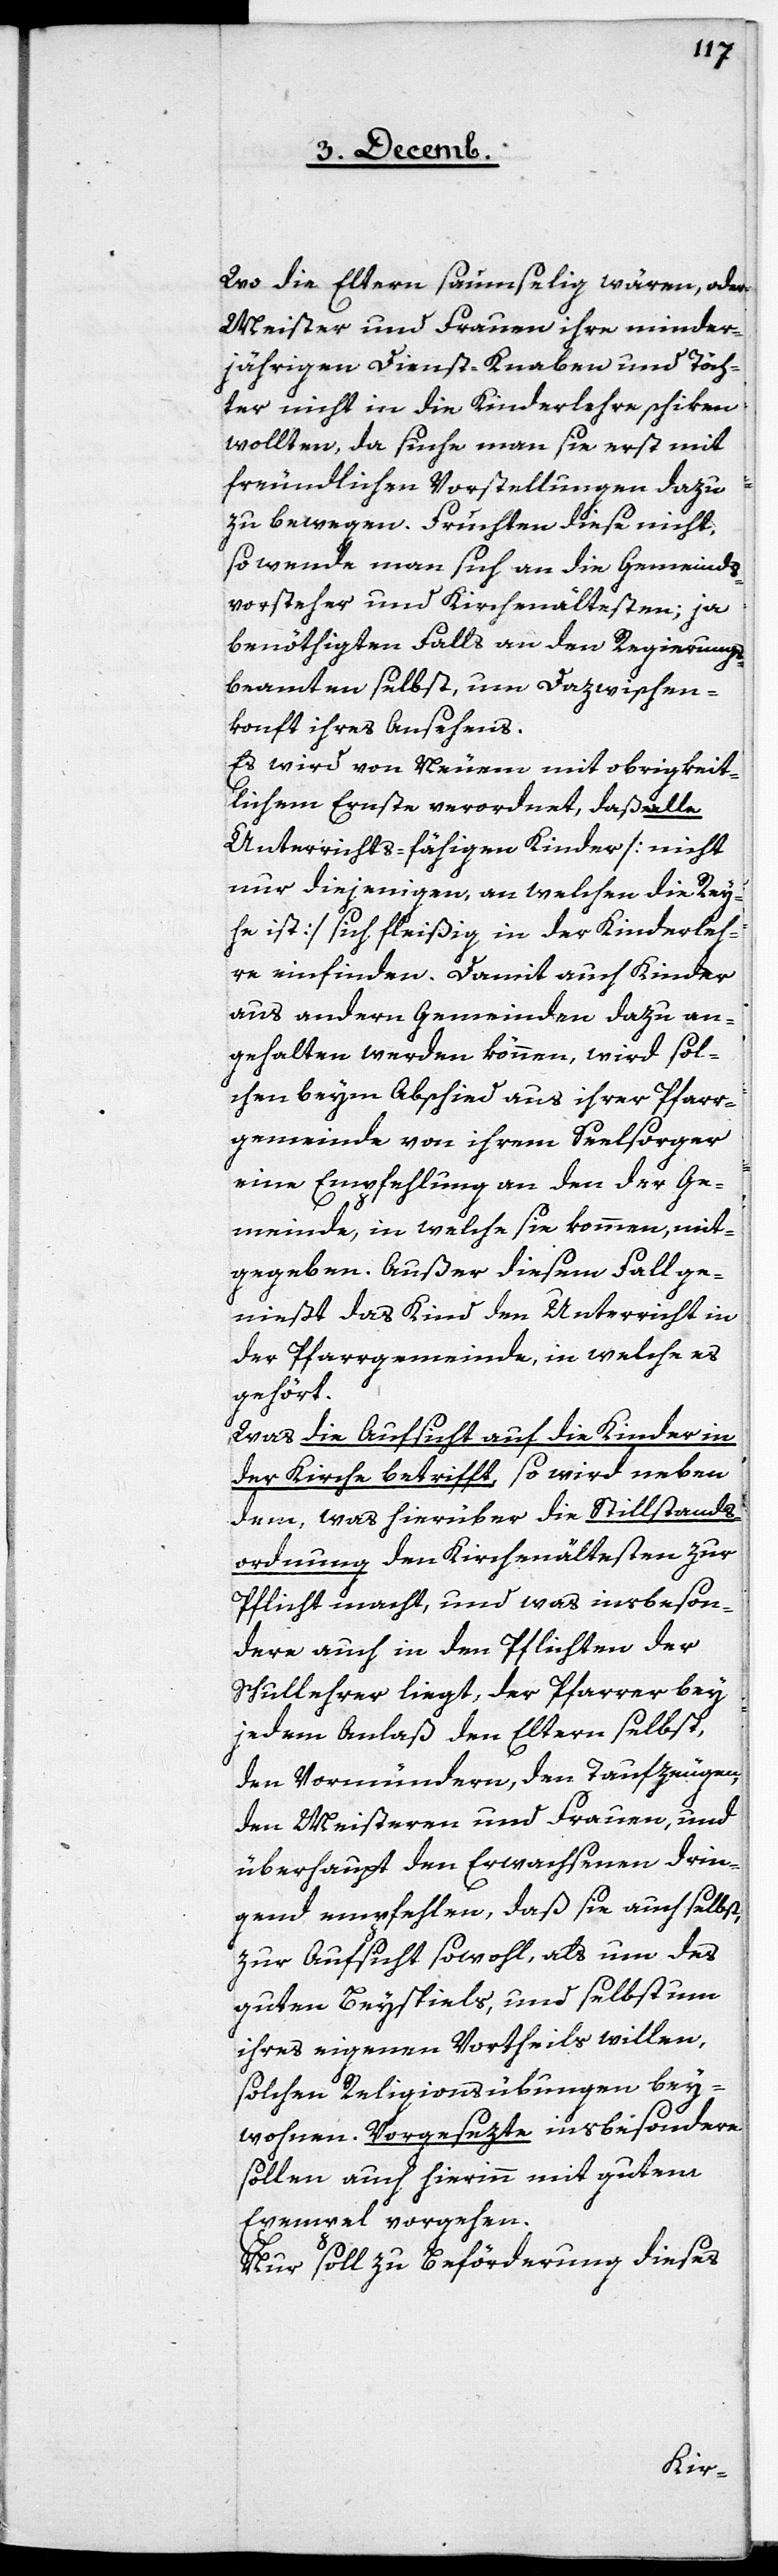
Wo die Eltern saumselig wären, oder
Meister und Frauen ihre minder¬
jährigen Dienst-Knaben und -Töch¬
ter nicht in die Kinderlehre schiken
wollten, da suche man sie erst mit
freundlichen Vorstellungen dazu
zu bewegen. Fruchten diese nicht,
so wende man sich an die Gemeinds¬
vorsteher und Kirchenältesten; ja
benöthigten Falls an den Regierungs¬
beamten selbst, um Dazwischen¬
konft ihres Ansehens.
Es wird von Neuem mit obrigkeit¬
lichem Ernste verordnet, daß alle
Unterrichts-fähigen Kinder [nicht
nur diejenigen, an welchen die Rey¬
he ist] sich fleißig in der Kinderleh¬
re einfinden. Damit auch Kinder
aus andern Gemeinden dazu an¬
gehalten werden können, wird sol¬
chen beym Abschied aus ihrer Pfarr¬
gemeinde von ihrem Seelsorger
eine Empfehlung an den der Ge¬
meinde, in welche sie kommen, mit¬
gegeben. Außer diesem Fall ge¬
nießt das Kind den Unterricht in
der Pfarrgemeinde, in welche es
gehört.
Was die Aufsicht auf die Kinder in
der Kirche betrifft, so wird neben
dem, was hierüber die Stillstands¬
ordnung den Kirchenältesten zur
Pflicht macht, und was insbeson¬
dere auch in den Pflichten der
Schullehrer liegt, der Pfarrer bey
jedem Anlaß den Eltern selbst,
den Vormündern, den Taufzeugen,
den Meisteren und Frauen, und
überhaupt den Erwachsenen drin¬
gend empfehlen, daß sie auch selbst,
zur Aufsicht sowohl, als um des
guten Beyspiels, und selbst um
ihres eigenen Vortheils willen,
solchen Religionsübungen bey¬
wohnen. Vorgesezte insbesondere
sollen auch hierinn mit gutem
Exempel vorgehen.
Nur soll zu Beförderung dieses